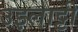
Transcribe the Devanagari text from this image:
उइलाट्टी